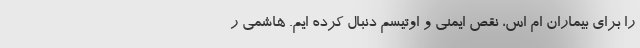
را برای بیماران ام اس، نقص ایمنی و اوتیسم دنبال کرده ایم. هاشمی ر